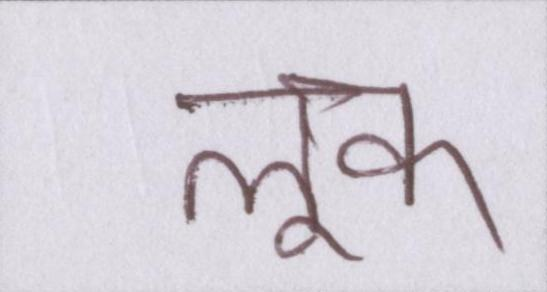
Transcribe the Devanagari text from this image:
लूक